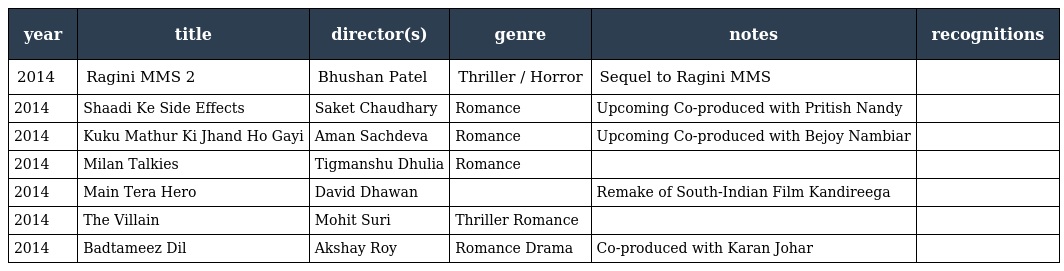
| year | title | director(s) | genre | notes | recognitions |
 | --- | --- | --- | --- | --- | --- |
 | 2014 | Ragini MMS 2 | Bhushan Patel | Thriller / Horror | Sequel to Ragini MMS |  |
 | 2014 | Shaadi Ke Side Effects | Saket Chaudhary | Romance | Upcoming Co-produced with Pritish Nandy |  |
 | 2014 | Kuku Mathur Ki Jhand Ho Gayi | Aman Sachdeva | Romance | Upcoming Co-produced with Bejoy Nambiar |  |
 | 2014 | Milan Talkies | Tigmanshu Dhulia | Romance |  |  |
 | 2014 | Main Tera Hero | David Dhawan |  | Remake of South-Indian Film Kandireega |  |
 | 2014 | The Villain | Mohit Suri | Thriller Romance |  |  |
 | 2014 | Badtameez Dil | Akshay Roy | Romance Drama | Co-produced with Karan Johar |  |